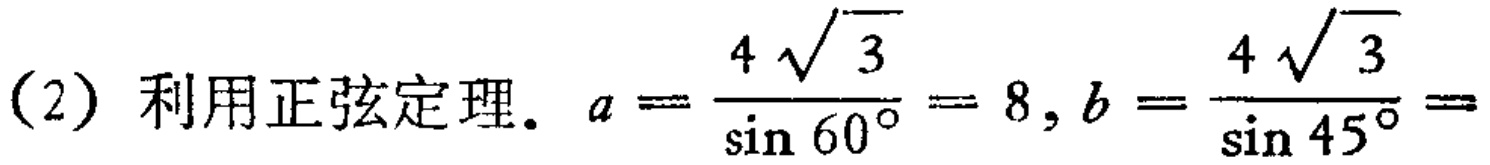
(2) 利用正弦定理. \(a = \frac{4\sqrt{3}}{\sin 60^{\circ}} = 8, b = \frac{4\sqrt{3}}{\sin 45^{\circ}} =\)